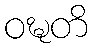
ဝဍ္ဎတိ